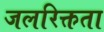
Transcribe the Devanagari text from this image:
जलरिक्तता